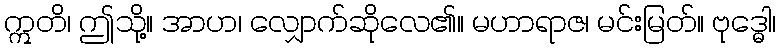
ဣတိ၊ ဤသို့။ အာဟ၊ လျှောက်ဆိုလေ၏။ မဟာရာဇ၊ မင်းမြတ်။ ဗုဒ္ဓေါ၊